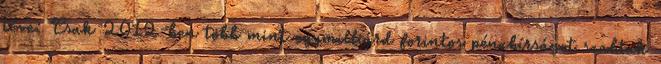
téve: Csak 2012-ben több mint egymilliárd forintos pénzbírságot szabtak